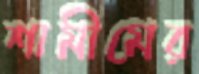
শামীমের